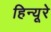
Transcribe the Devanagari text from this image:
हिन्यूरे